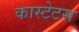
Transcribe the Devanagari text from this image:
कास्टेटस